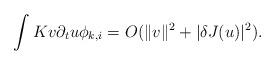
LaTeX: \begin{align*}\int Kv\partial_{t}u\phi_{k,i}=O(\Vert v \Vert^{2}+\vert \delta J(u)\vert^{2}).\end{align*}